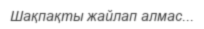
Шақпақты жайлап алмас...